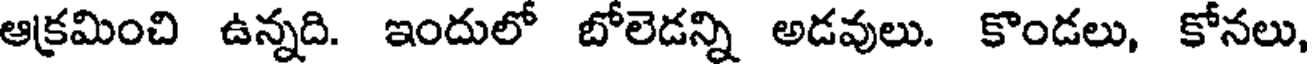
ఆక్రమించి ఉన్నది. ఇందులో బోలెడన్ని అడవులు. కొండలు, కోనలు,